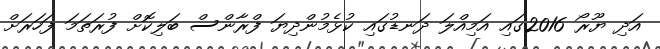
އަދި ޔޫރޯ 2016ގައި އަމިއްލަ ދަނޑުގައި ކުޅެމުންދިޔަ ފްރާންސް ބަލިކޮށް ފުރަތަމަ ފަހަރަށް